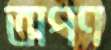
অপণ